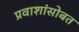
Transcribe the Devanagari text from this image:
प्रवाशांसोबत